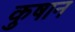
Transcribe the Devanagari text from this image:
कुषान